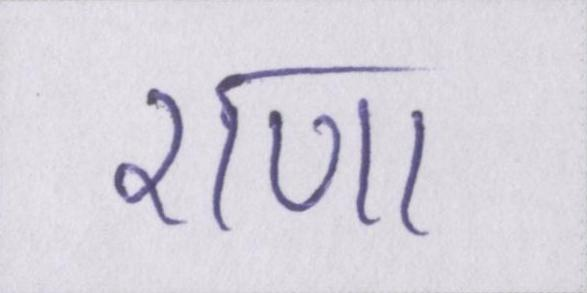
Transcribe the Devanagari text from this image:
राणा